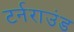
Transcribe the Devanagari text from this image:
टर्नराउंड